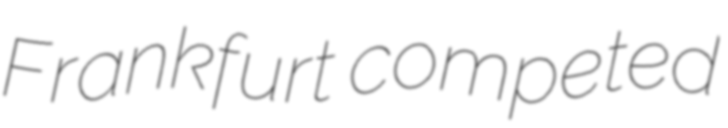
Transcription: Frankfurt competed